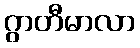
ဂွာတီမာလာ